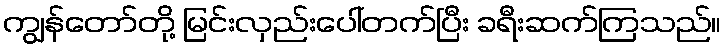
ကျွန်တော်တို့ မြင်းလှည်းပေါ်တက်ပြီး ခရီးဆက်ကြသည်။